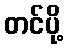
တင်ပို့